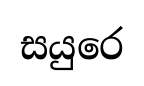
සයුරෙ